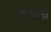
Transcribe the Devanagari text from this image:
लाइडा